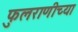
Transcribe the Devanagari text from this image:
फुलराणीच्या